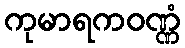
ကုမာရကဝဏ္ဏံ